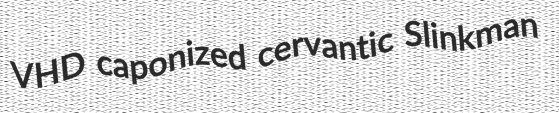
VHD caponized cervantic Slinkman